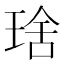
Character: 𤦜